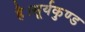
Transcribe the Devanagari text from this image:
है।सूर्यकुण्ड